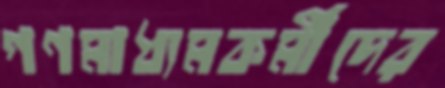
গণমাধ্যমকর্মীদের